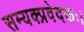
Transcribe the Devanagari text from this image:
सम्यक्प्रवेदकः।